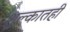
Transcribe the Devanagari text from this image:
शुल्कातही